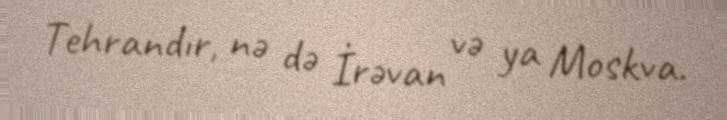
Tehrandır, nə də İrəvan və ya Moskva.